Annual report on the mental hospital in the Central Provinces and Berar (Nagpur) - 1927-1951
Year: 1927
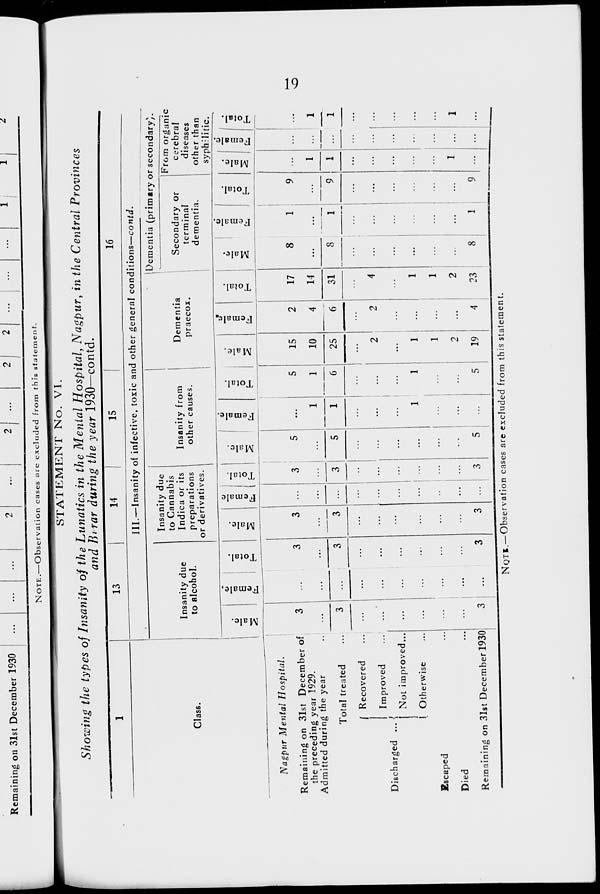
19
STATEMENT No. VI.
Showing the types of Insanity of the Lunatics in the Mental Hospital, Nagpur, in the Central Provinces
and Berar during the year 1930—contd.
1
Class.
Nagpur Mental
Hospital.
Remaining on 31st December of
Admitted during the year ...
Total treated ...
Discharged ...
Recovered ...
Improved ...
Not improved ...
Otherwise ...
Escaped ...
Died ...
Remaining on 31st December 1930
13
14
15
16
III.—Insanity of infective, toxic and other general conditions—contd.
Insanity due
to alcohol.
Male.
3
...
3
...
...
...
...
...
...
3
Female,
...
...
...
...
...
...
...
...
...
...
Total.
3
...
3
...
...
...
...
...
...
3
Insanity due
to Cannabis
Indica or its
preparations
or derivatives.
Male.
3
...
3
...
...
...
...
...
...
3
Female
...
...
...
...
...
...
...
...
...
...
Total.
3
...
3
...
...
...
...
...
...
3
Insanity from
other causes.
Male.
5
...
5
...
...
...
...
...
...
5
Female.
...
1
1
...
...
...
1
...
...
...
Total.
5
1
6
...
...
...
1
...
...
5
Dementia
praecox.
Male.
15
10
25
...
2
...
1
1
2
19
Female.
2
4
6
...
2
...
...
...
...
4
Total.
17
14
31
...
4
...
1
1
2
23
Dementia (primary or secondary).
Secondary or
terminal
dementia.
Male.
8
...
8
...
...
...
...
...
...
8
Female.
1
...
1
...
...
...
...
...
...
1
Total.
9
...
9
...
...
...
...
...
...
9
From organic
cerebral
diseases
other than
syphilitic.
Male.
...
1
1
...
...
...
...
...
1
...
Female.
...
...
...
...
...
...
...
...
...
...
Total.
...
1
1
...
...
...
...
...
1
...
NOTE.—Observation cases are excluded from this statement.